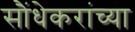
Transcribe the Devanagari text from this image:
सौंधेकरांच्या